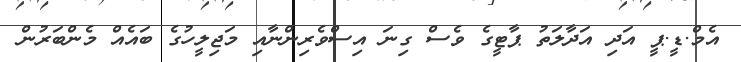
އެމް.ޑީ.ޕީ އަދި އަދާލަތު ޕާޓީގެ ވެސް ގިނަ އިސްވެރިންނާއި މަޖިލީހުގެ ބައެއް މެންބަރުން